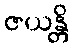
ဇယန္တိ